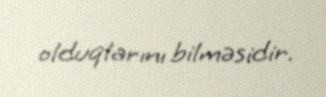
olduqlarını bilməsidir.